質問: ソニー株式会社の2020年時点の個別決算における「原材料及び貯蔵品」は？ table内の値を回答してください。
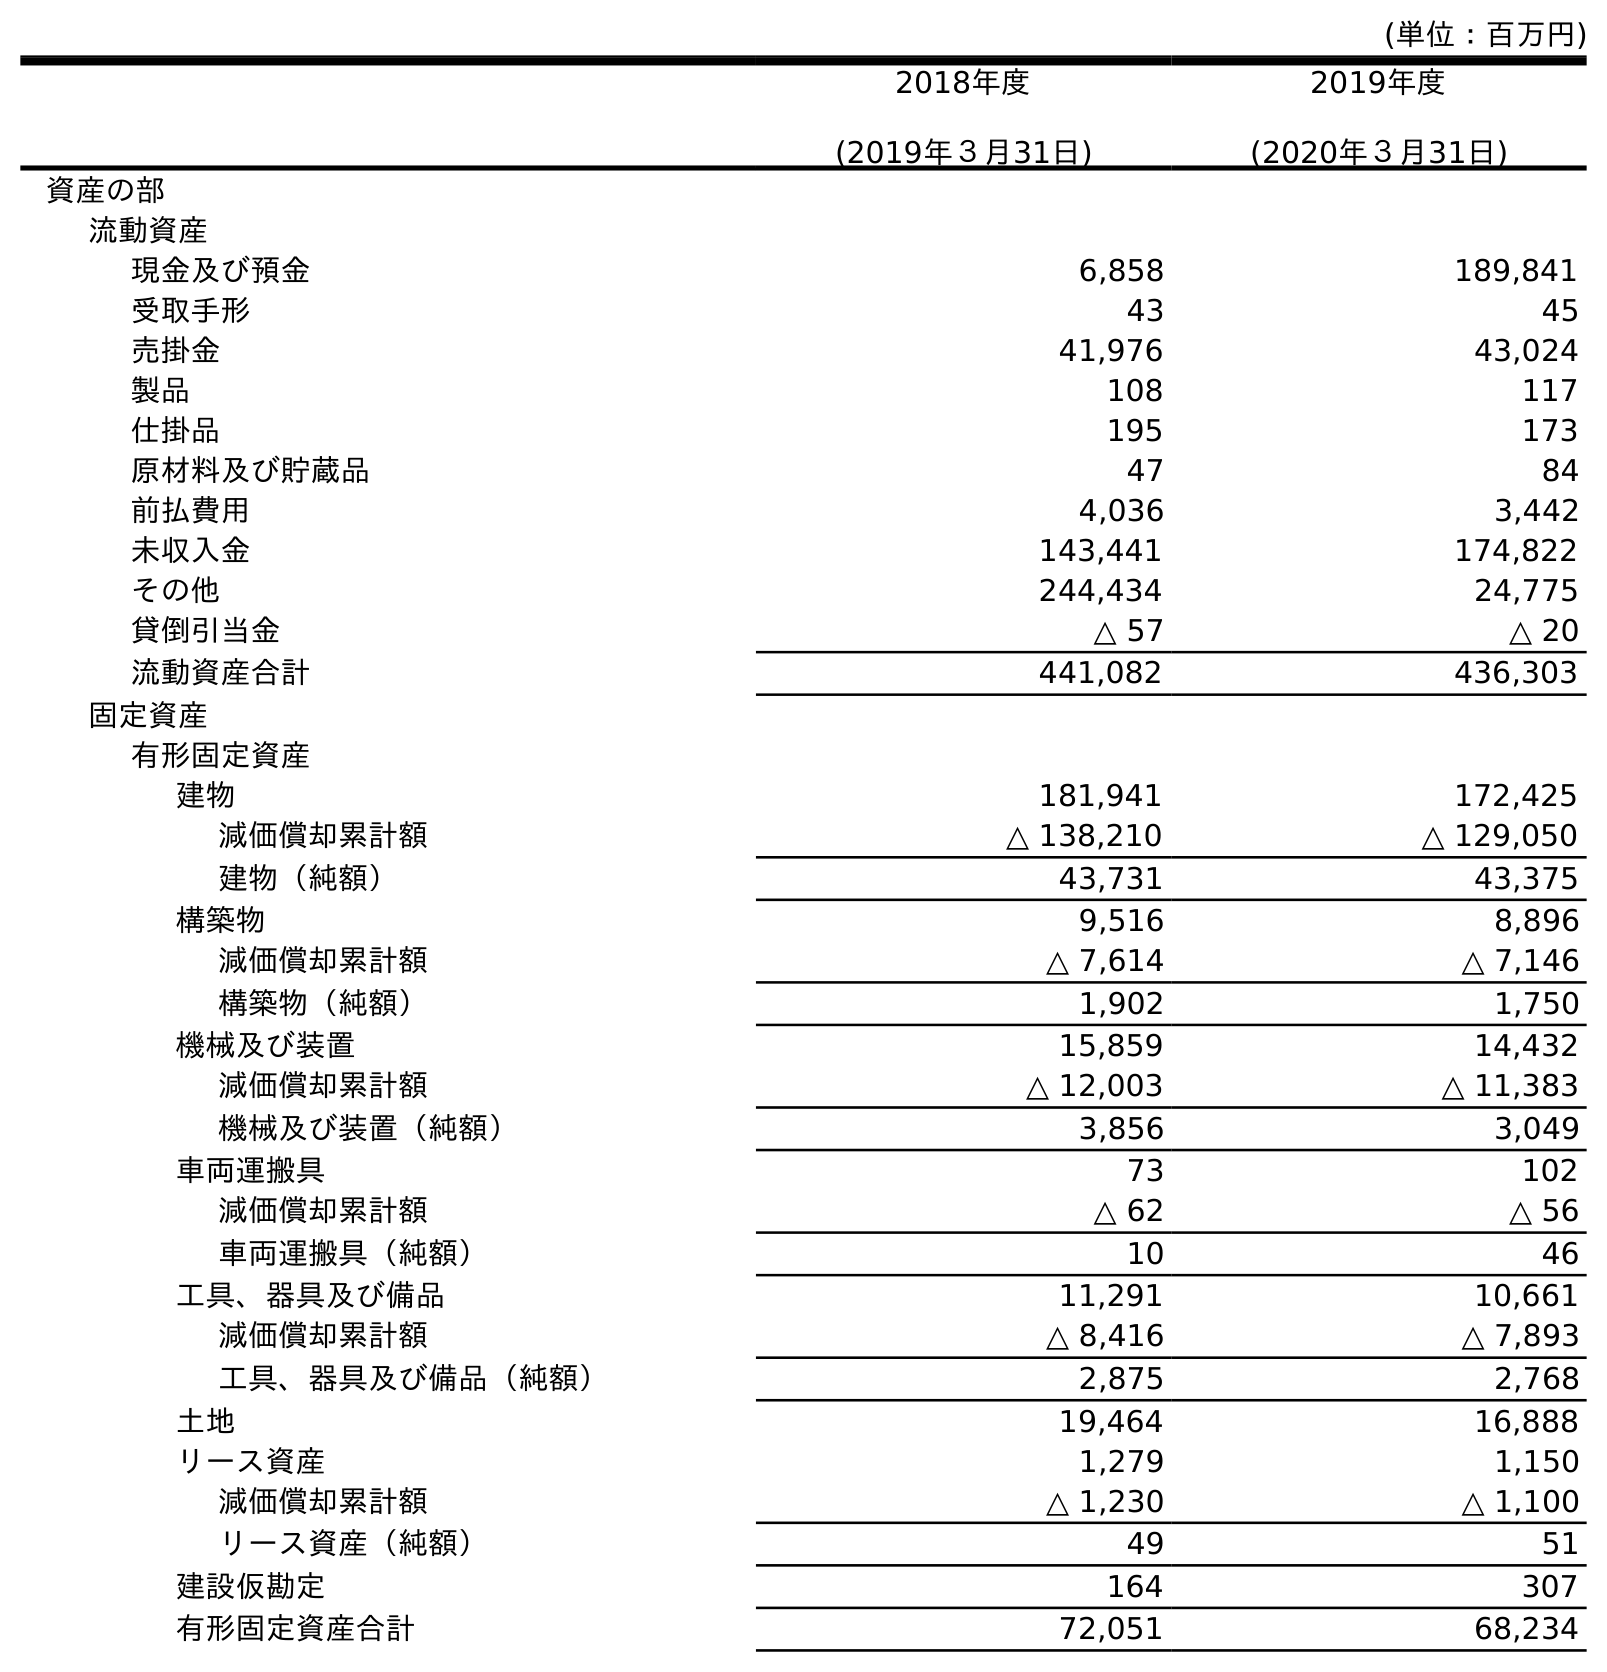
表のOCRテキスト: (単位：百万円) 2018年度 (2019年３月31日) 2019年度 (2020年３月31日) 資産の部 流動資産 現金及び預金 6,858 189,841 受取手形 43 45 売掛金 41,976 43,024 製品 108 117 仕掛品 195 173 原材料及び貯蔵品 47 84 前払費用 4,036 3,442 未収入金 143,441 174,822 その他 244,434 24,775 貸倒引当金 △ 57 △ 20 流動資産合計 441,082 436,303 固定資産 有形固定資産 建物 181,941 172,425 減価償却累計額 △ 138,210 △ 129,050 建物（純額） 43,731 43,375 構築物 9,516 8,896 減価償却累計額 △ 7,614 △ 7,146 構築物（純額） 1,902 1,750 機械及び装置 15,859 14,432 減価償却累計額 △ 12,003 △ 11,383 機械及び装置（純額） 3,856 3,049 車両運搬具 73 102 減価償却累計額 △ 62 △ 56 車両運搬具（純額） 10 46 工具、器具及び備品 11,291 10,661 減価償却累計額 △ 8,416 △ 7,893 工具、器具及び備品（純額） 2,875 2,768 土地 19,464 16,888 リース資産 1,279 1,150 減価償却累計額 △ 1,230 △ 1,100 リース資産（純額） 49 51 建設仮勘定 164 307 有形固定資産合計 72,051 68,234
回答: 84